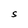
Character: S